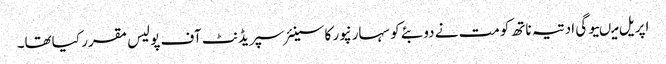
اپریل میںیوگی ادتیہ ناتھ کومت نے دوبئے کو سہارنپور کا سینئر سپریڈنٹ آف پولیس مقرر کیاتھا۔